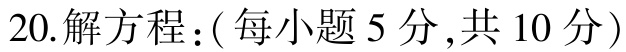
20.解方程：(每小题5分,共10分)